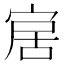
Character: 𡨢